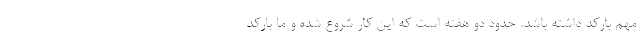
مهم بارکد داشته باشد. حدود دو هفته است که این کار شروع شده و ما بارکد